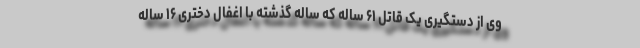
وی از دستگیری یک قاتل ۶۱ ساله که ساله گذشته با اغفال دختری ۱۶ ساله